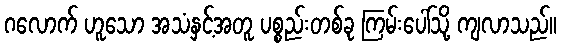
ဂလောက် ဟူသော အသံနှင့်အတူ ပစ္စည်းတစ်ခု ကြမ်းပေါ်သို့ ကျလာသည်။